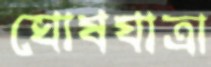
ঘোষযাত্রা